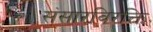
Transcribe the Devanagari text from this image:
संसारविरक्ति